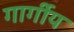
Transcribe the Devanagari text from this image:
गार्गीय